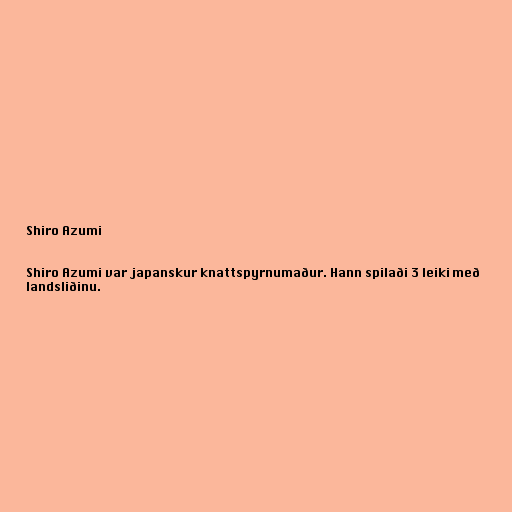
Shiro Azumi

Shiro Azumi var japanskur knattspyrnumaður. Hann spilaði 3 leiki með
landsliðinu.